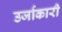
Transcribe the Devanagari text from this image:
उर्जाकारी